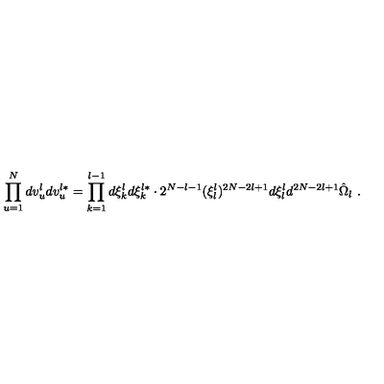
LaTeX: \prod _ { u = 1 } ^ { N } d v _ { u } ^ { l } d v _ { u } ^ { l * } = \prod _ { k = 1 } ^ { l - 1 } d \xi _ { k } ^ { l } d \xi _ { k } ^ { l * } \cdot 2 ^ { N - l - 1 } ( \xi _ { l } ^ { l } ) ^ { 2 N - 2 l + 1 } d \xi _ { l } ^ { l } d ^ { 2 N - 2 l + 1 } \hat { \Omega } _ { l } \ .